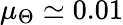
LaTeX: \mu_{\Theta}\simeq 0.01